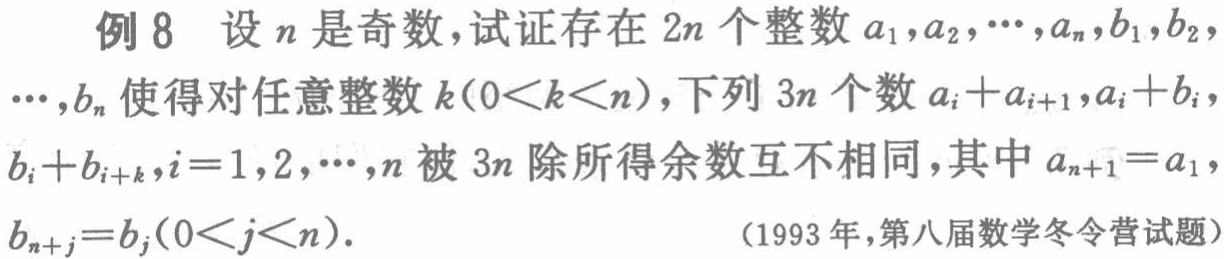
例 8 设 \(n\) 是奇数，试证存在 \(2n\) 个整数 \(a_{1},a_{2},\cdots,a_{n},b_{1},b_{2},\cdots,b_{n}\) 使得对任意整数 \(k(0 < k < n)\)，下列 \(3n\) 个数 \(a_{i}+a_{i + 1},a_{i}+b_{i},b_{i}+b_{i + k},i = 1,2,\cdots,n\) 被 \(3n\) 除所得余数互不相同，其中 \(a_{n + 1}=a_{1}\)，\(b_{n + j}=b_{j}(0 < j < n)\)。

（1993 年，第八届数学冬令营试题）